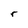
Character: r